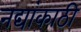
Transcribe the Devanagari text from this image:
नद्यांकाठी